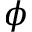
\phi